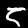
Digit: 5